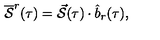
\overline { { \cal S } } ^ { r } ( \tau ) = \vec { \cal S } ( \tau ) \cdot \hat { b } _ { r } ( \tau ) ,